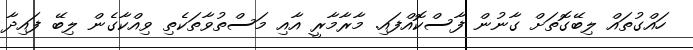
ހައްގުތައް ލިބޭގޮތަށް ގާނުން ފާސްކޮއްފައި. މާރާމާރީ އާއި މަސްތުވާތަކެތި ވިއްކާގެން ލިބޭ ފައިދާ